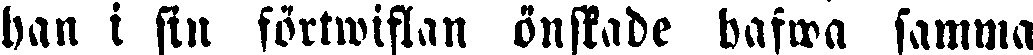
han i sin förtwiflan önskade hafwa samma